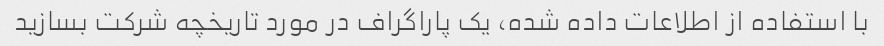
با استفاده از اطلاعات داده شده، یک پاراگراف در مورد تاریخچه شرکت بسازید